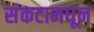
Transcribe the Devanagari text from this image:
संकटामधून